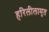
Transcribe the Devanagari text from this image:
हरिलीलामृत